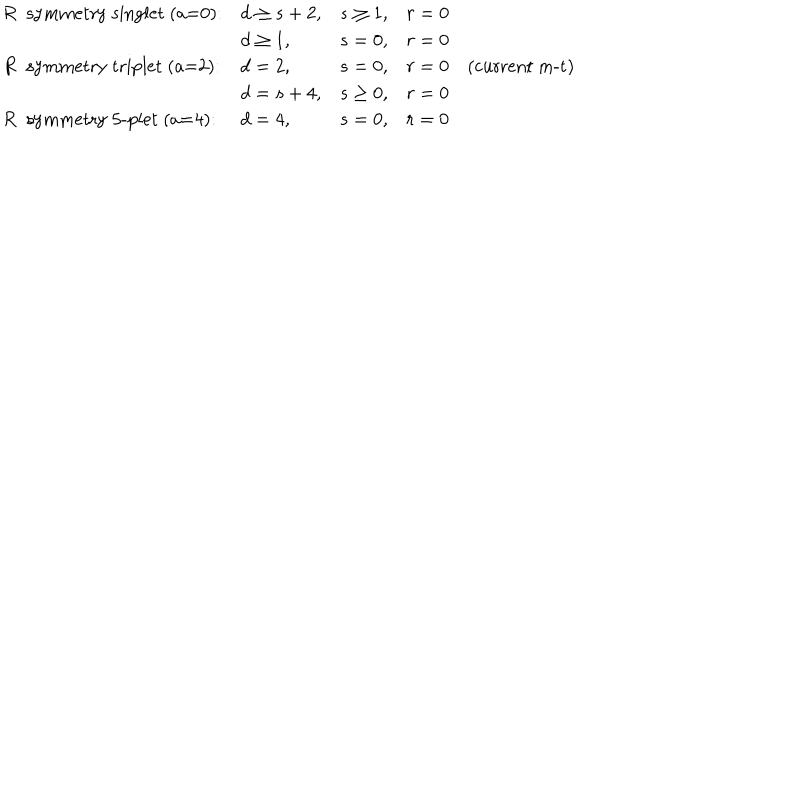
LaTeX: \begin{array} { l l l l } { { \mathrm { ~ R ~ s y m m e t r y ~ s i n g l e t ~ ( a = 0 ) : } } } & { { d \geq s + 2 , } } & { { s \geq 1 , } } & { { r = 0 } } \\ { { } } & { { d \geq 1 , } } & { { s = 0 , } } & { { r = 0 } } \\ { { \mathrm { ~ R ~ s y m m e t r y ~ t r i p l e t ~ ( a = 2 ) : } } } & { { d = 2 , } } & { { s = 0 , } } & { { r = 0 \quad \mathrm { ( c u r r e n t ~ m - t ) } } } \\ { { } } & { { d = s + 4 , } } & { { s \geq 0 , } } & { { r = 0 } } \\ { { \mathrm { ~ R ~ s y m m e t r y ~ 5 - p l e t ~ ( a = 4 ) : } } } & { { d = 4 , } } & { { s = 0 , } } & { { r = 0 } } \\ \end{array}